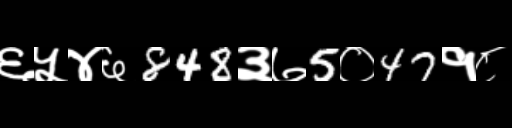
Text: ६५४६848३७5०47१८